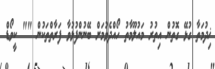
ޚިދުމަތާ ގުޅޭ ގޮތުން އިތުރު މައުލޫމާތު ހޯއްދެވުމަށް ބޭނުންފުޅުވާ ފަރާތްތަކުން "" ކީވޯޑް